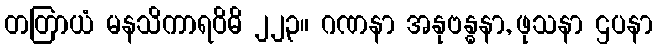
တတြာယံ မနသိကာရဝိဓိ ၂၂၃။ ဂဏနာ အနုဗန္ဓနာ, ဖုသနာ ဌပနာ